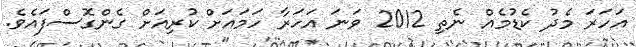
އަހަރަ މެދު ކެޑުމެއް ނެތި 2012 ވަނަ އަހަރާ ހަމައަށް ކުރިއަށް ގެންގޮސްފައެވެ.